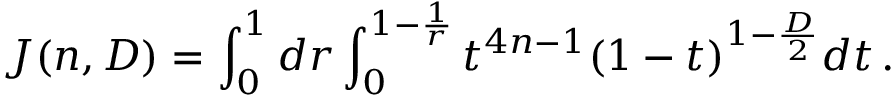
J ( n , D ) = \int _ { 0 } ^ { 1 } d r \int _ { 0 } ^ { 1 - \frac { 1 } { r } } t ^ { 4 n - 1 } ( 1 - t ) ^ { 1 - \frac { D } { 2 } } d t \, .